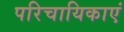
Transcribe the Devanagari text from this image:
परिचायिकाएं